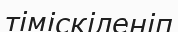
тіміскіленіп